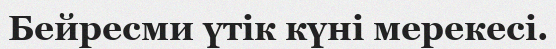
Бейресми үтік күні мерекесі.